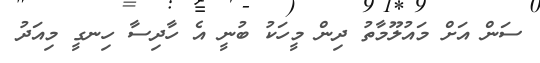
ސަން އަށް މައުލޫމާތު ދިން މީހަކު ބުނީ އެ ހާދިސާ ހިނގީ މިއަދު